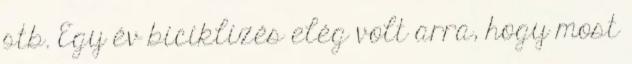
stb. Egy év biciklizés elég volt arra, hogy most